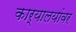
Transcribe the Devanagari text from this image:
कार्यालयांवर